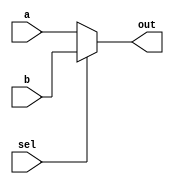
/**
     5.8 2  1 
*/

module MUX21_2(out,a,b,sel);
input a,b,sel;
output out;
reg out;
always@(a or b or sel)
    begin
    if(sel==0) out=a; //
    else out=b;
    end
endmodule